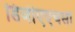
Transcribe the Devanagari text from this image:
डिजीएएचसी